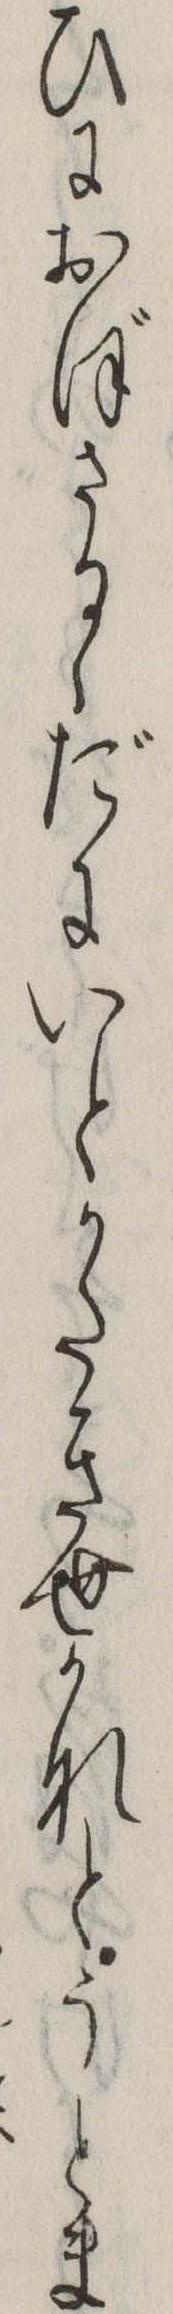
ひにおぼさるゝだにいとかたき世かなとうとま